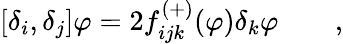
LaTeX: \lbrack\delta_{i},\delta_{j}]\varphi=2f_{ijk}^{\left(+\right)}(\varphi)\delta_{k}\varphi\qquad,